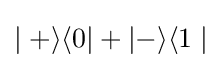
\mid +\rangle \langle 0\vert +\vert -\rangle \langle 1\mid